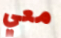
معي